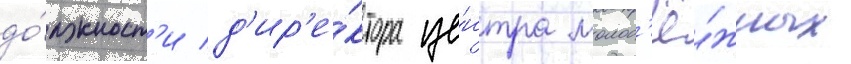
до́лжност'и д'ир'е́ктора це́нтра молод'ё́жных